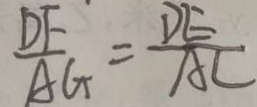
\frac { D F } { A G } = \frac { D E } { A C }